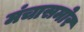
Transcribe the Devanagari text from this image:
मंचासमोर